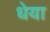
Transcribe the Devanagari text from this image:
धेया